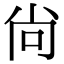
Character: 尚